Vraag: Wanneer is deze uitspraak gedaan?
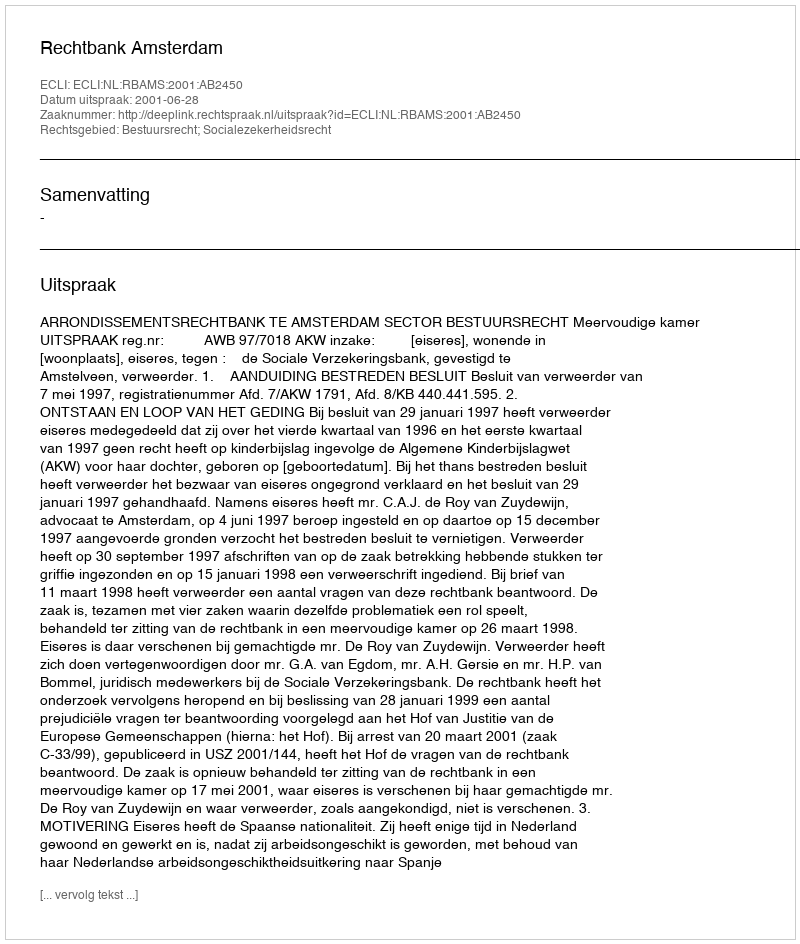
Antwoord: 2001-06-28